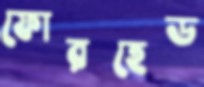
ফোরহেড